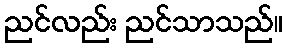
ညင်လည်း ညင်သာသည်။